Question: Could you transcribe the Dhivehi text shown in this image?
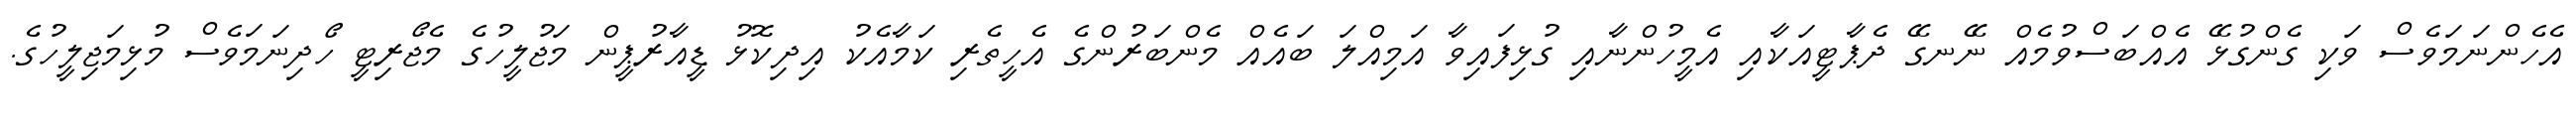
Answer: އެހެންނަމަވެސް ވަކި ގެންގުޅޭ އެއްބަސްވުމެއް ނޭނގޭ ދެޕާޓީއަކާއި އެމީހުންނާއި ގުޅިފައިވާ އަމިއްލަ ބައެއް މެންބަރުންގެ އެހީތެރި ކަމާއެކު އިދިކޮޅު ޑީއާރުޕީން މަޖުލީހުގެ މެޖޯރިޓީ ހޯދިނަމަވެސް މުޅިމަޖިލީހުގެ.